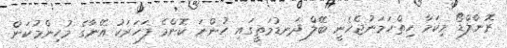
ރޮނާލްޑޯ މިކަމާ ހިތްހަމަނުޖެހެނީ ބޭލް ދަނޑުމަތީގައި ހުންނަ ކޮންމެ ފަހަރަކު އޭނާގެ މުހިންމުކަން